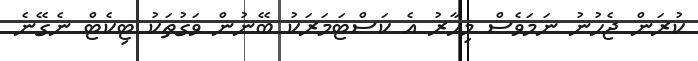
ކުރަން ޖެހުނު ނަމަވެސް މިހާރު އެ ކަސްޓަމަރަކު ބޭނުން ވަގުތަކު ޓިކެޓް ނެގޭނެ